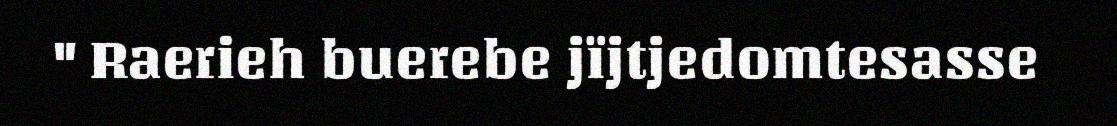
" Raerieh buerebe jïjtjedomtesasse